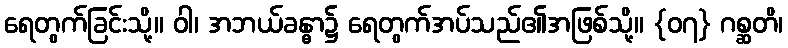
ရေတွက်ခြင်းသို့။ ဝါ၊ အဘယ်ခန္ဓာ၌ ရေတွက်အပ်သည်၏အဖြစ်သို့။ {၀၇} ဂစ္ဆတိ၊